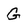
Character: G